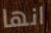
انها